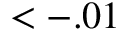
< - . 0 1